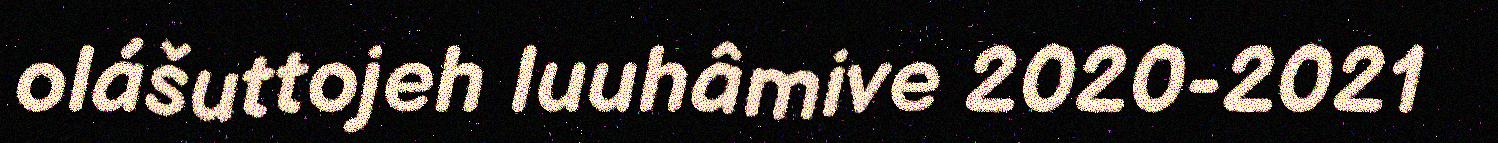
olášuttojeh luuhâmive 2020-2021